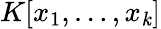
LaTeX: K[x_{1},\ldots,x_{\mathit{k}}]